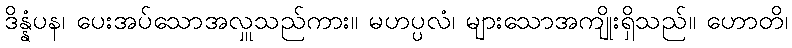
ဒိန္နံပန၊ ပေးအပ်သောအလှူသည်ကား။ မဟပ္ပလံ၊ များသောအကျိုးရှိသည်။ ဟောတိ၊